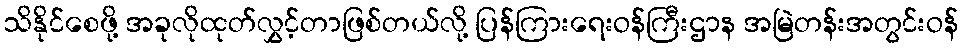
သိနိုင်စေဖို့ အခုလိုထုတ်လွှင့်တာဖြစ်တယ်လို့ ပြန်ကြားရေးဝန်ကြီးဌာန အမြဲတန်းအတွင်းဝန်